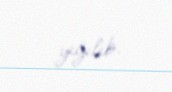
yığılıb.